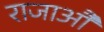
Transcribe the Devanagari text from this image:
राजाऔं